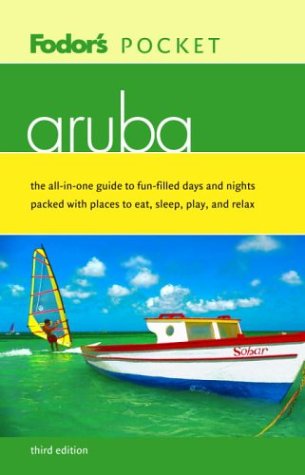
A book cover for Fodor's Pocket Aruba, 3rd Editon (Pocket Guides); Fodor's; Travel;